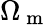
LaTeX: \Omega_{\mathrm{~m~}}